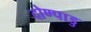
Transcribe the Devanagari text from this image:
दोण्पाडु